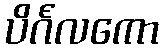
ပိင်္ဂလကော